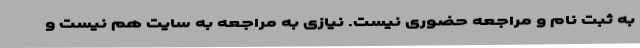
به ثبت نام و مراجعه حضوری نیست. نیازی به مراجعه به سایت هم نیست و